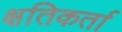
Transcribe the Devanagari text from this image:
क्षतिकर्ता